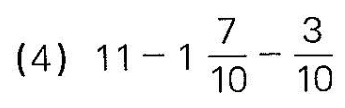
(4) $$11-1 \frac{7}{10}- \frac{3}{10}$$